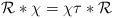
LaTeX: \begin{align*}\mathcal{R}*\chi=\chi\tau*\mathcal{R}\end{align*}